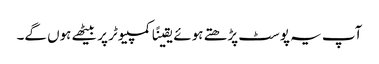
آپ یہ پوسٹ پڑھتے ہوئے یقینًا کمپیوٹر پر بیٹھے ہوں گے۔